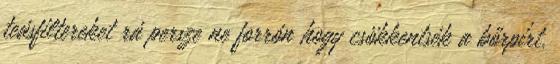
teásfiltereket rá persze ne forrón hogy csökkentsék a bőrpírt.